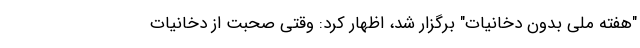
"هفته ملی بدون دخانیات" برگزار شد، اظهار کرد: وقتی صحبت از دخانیات